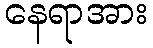
နေရာအား